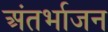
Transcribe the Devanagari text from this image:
अंतर्भाजन